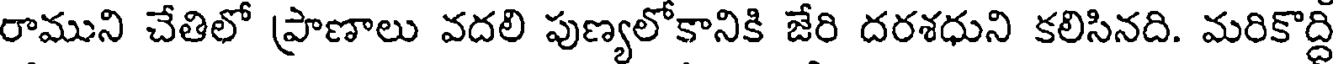
రాముని చేతిలో ప్రాణాలు వదలి పుణ్యలోకానికి జేరి దరశధుని కలిసినది. మరికొద్ది